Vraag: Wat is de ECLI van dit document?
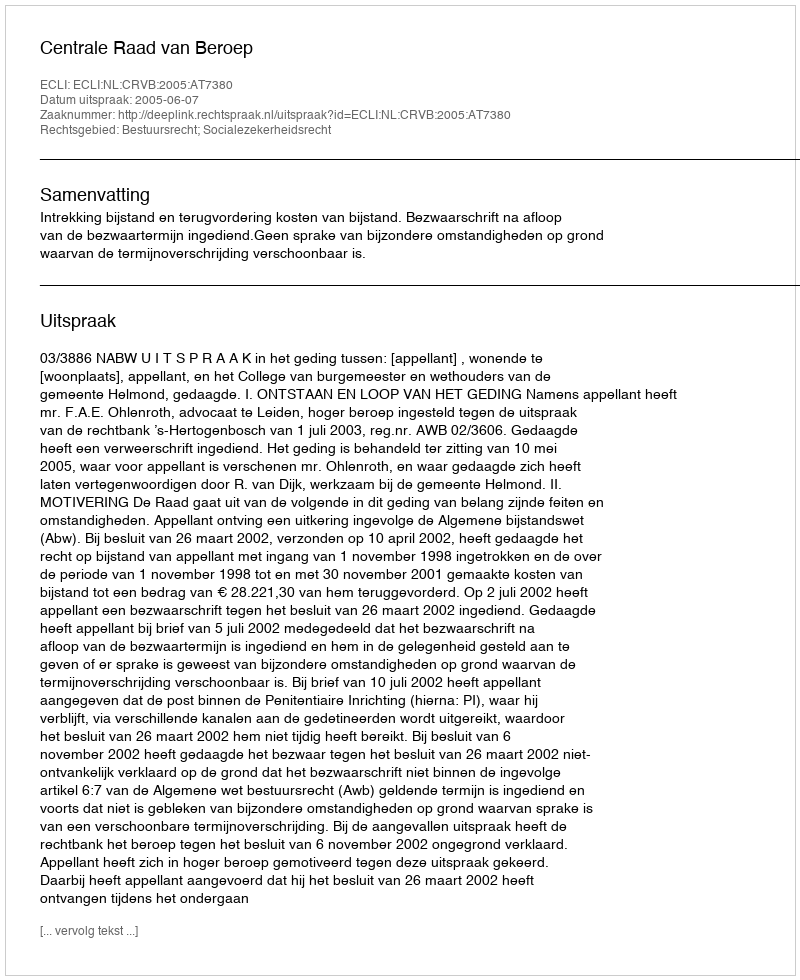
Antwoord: ECLI:NL:CRVB:2005:AT7380